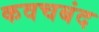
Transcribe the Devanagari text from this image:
कवचबंद